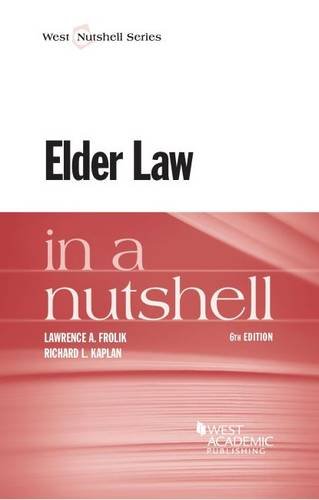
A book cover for Elder Law in a Nutshell; Lawrence Frolik; Law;